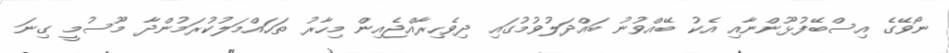
ނޯވޭގެ އިސްބޭފުޅޫންނާއި އެކު ބޭއްވުނު ބައްދަލުވުމުގައި ދިވެހިރާއްޖެއިން މިހާރު ތަހައްމަލުކުރަމުންދާ މޫސުމީ ގިނަ